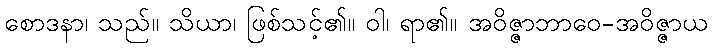
စောဒနာ၊ သည်။ သိယာ၊ ဖြစ်သင့်၏။ ဝါ၊ ရာ၏။ အဝိဇ္ဇာဘာဝေ-အဝိဇ္ဇာယ